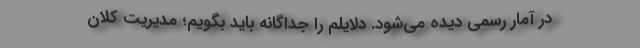
در آمار رسمی دیده می‌شود. دلایلم را جداگانه باید بگویم؛ مدیریت کلان